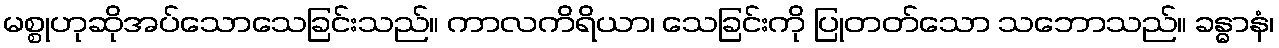
မစ္စုဟုဆိုအပ်သောသေခြင်းသည်။ ကာလကိရိယာ၊ သေခြင်းကို ပြုတတ်သော သဘောသည်။ ခန္ဓာနံ၊